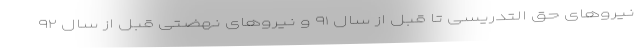
نیروهای حق التدریسی تا قبل از سال ۹۱ و نیروهای نهضتی قبل از سال ۹۲